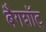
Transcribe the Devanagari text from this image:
बैगशॉट्